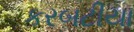
કરબટીયા